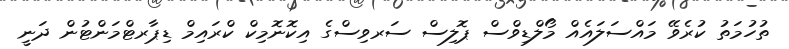
ތުހުމަތު ކުރެވޭ މައްސަލައެއް މޯލްޑިވްސް ޕޮލިސް ސަރވިސްގެ އިކޮނޮމިކް ކްރައިމް ޑިޕާރޓްމަންޓުން ދަނީ